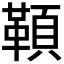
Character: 𩔈